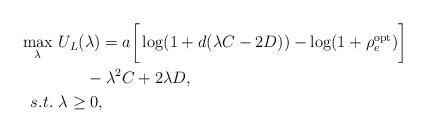
LaTeX: \begin{align*}\max_{\lambda} &~U_{L}(\lambda) = a \bigg[ \log (1 + d (\lambda C - 2 D) ) - \log(1+\rho_{e}^{\textrm{opt}}) \bigg] \\ &~~~~~~ - \lambda^{2} C + 2 \lambda D, \\s.t. &~ \lambda \geq 0,\end{align*}